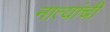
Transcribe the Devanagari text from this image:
नात्यांची